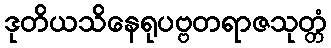
ဒုတိယသိနေရုပဗ္ဗတရာဇသုတ္တံ